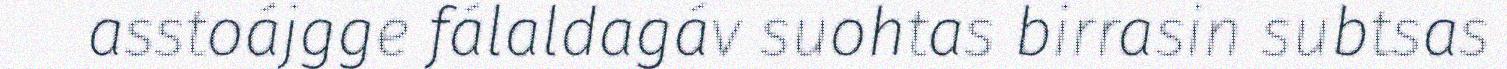
asstoájgge fálaldagáv suohtas birrasin subtsas